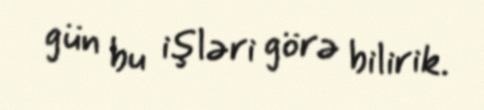
gün bu işləri görə bilirik.